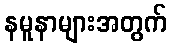
နမူနာများအတွက်